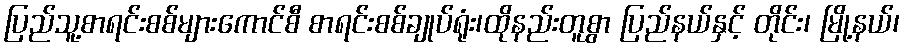
ပြည်သူ့စာရင်းစစ်များကောင်စီ စာရင်းစစ်ချုပ်ရုံး၊ထိုနည်းတူစွာ ပြည်နယ်နှင့် တိုင်း၊ မြို့နယ်၊